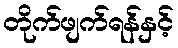
တိုက်ဖျက်ရန်နှင့်